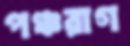
পঞ্চরাগ